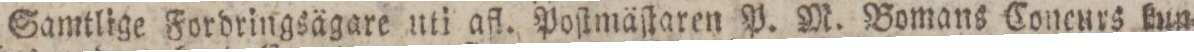
Samtlige Fordringsägare uti afl. Poſtmäſtaren P. M. Bomans Coneurs kun=